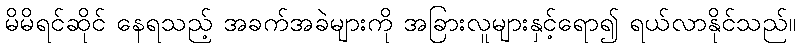
မိမိရင်ဆိုင် နေရသည့် အခက်အခဲများကို အခြားလူများနှင့်ရော၍ ရယ်လာနိုင်သည်။